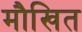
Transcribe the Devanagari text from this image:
मौखित